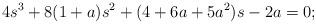
LaTeX: \begin{align*}4s^3 + 8 (1+a) s^2 + (4+6a + 5a^2) s - 2a =0;\end{align*}